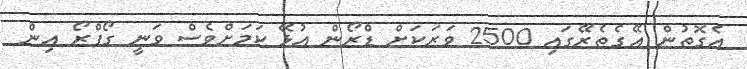
އެގޮތުން އޭގެތެރޭގައި 2500 ވަރަކަށް ޑްރޯން އުޅޭ ކަމަށްވެސް ވަނީ ގޯޕްރޯ އިން